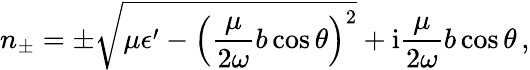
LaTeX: n_{\pm}=\pm\sqrt{\mu\epsilon^{\prime}-\left(\frac{\mu}{2\omega}b\cos\theta\right)^{2}}+\mathrm{i}\frac{\mu}{2\omega}b\cos\theta\, ,